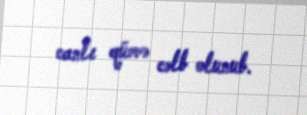
canlı qüvvə cəlb olunub.